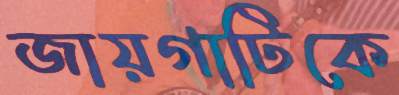
জায়গাটিকে